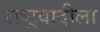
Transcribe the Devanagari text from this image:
राष्ट्रवादीला